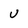
Character: U